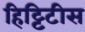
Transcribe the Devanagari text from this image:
हिट्टिटीस